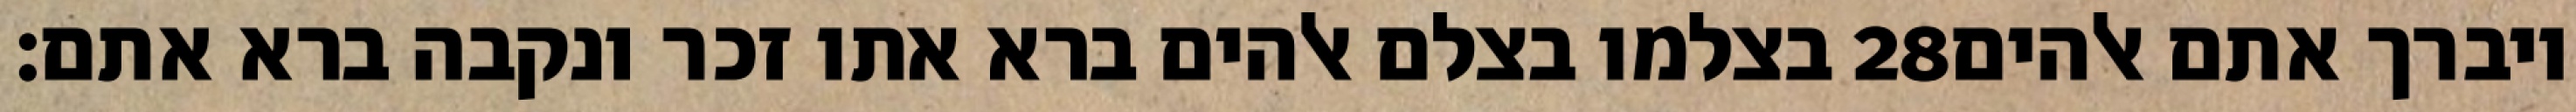
בצלמו בצלם אלהים ברא אתו זכר ונקבה ברא אתם׃ ‎28‏ ויברך אתם אלהים